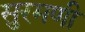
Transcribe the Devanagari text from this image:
सुरमणी